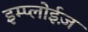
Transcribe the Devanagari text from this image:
इम्प्लोईज़